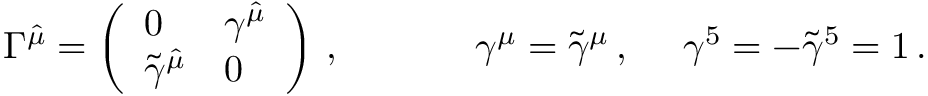
\begin{array} { c c c } { { \Gamma ^ { \hat { \mu } } = \left( \begin{array} { l l } { { 0 } } & { { \gamma ^ { \hat { \mu } } } } \\ { { \tilde { \gamma } ^ { \hat { \mu } } } } & { { 0 } } \end{array} \right) \, , ~ ~ ~ ~ } } & { { ~ ~ ~ ~ \gamma ^ { \mu } = \tilde { \gamma } ^ { \mu } \, , ~ ~ ~ ~ \gamma ^ { 5 } = - \tilde { \gamma } ^ { 5 } = 1 \, . } } \end{array}